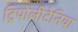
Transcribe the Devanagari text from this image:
ट्रिपोलीटेनिया